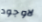
لاوجود